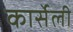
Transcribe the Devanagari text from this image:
कार्सेली